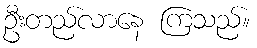
ဦးတည်လာနေ ကြသည်။